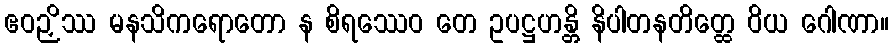
ဧဝဉှိဿ မနသိကရောတော န စိရဿေဝ တေ ဥပဋ္ဌဟန္တိ နိပါတနတိတ္ထေ ဝိယ ဂေါဏာ။